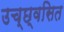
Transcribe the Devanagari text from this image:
उच्छ्‌वसित